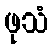
ဖုသံ